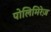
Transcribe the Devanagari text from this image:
पोलिमिरेज़